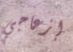
إزعاجي